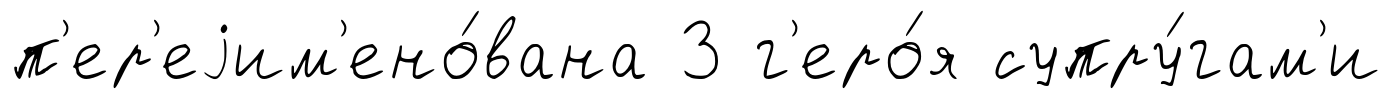
п'ер'еjим'ено́вана 3 г'еро́я супру́гам'и